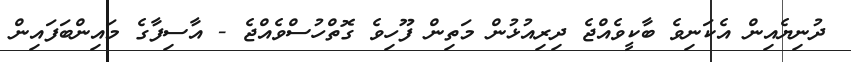
ދުނިޔެއިން އެކަނިވެ ބާކީވެއްޖެ ދިރިއުޅުން މަތިން ފޫހިވެ ގޮތްހުސްވެއްޖެ - އާސިފާގެ މައިންބަފައިން